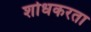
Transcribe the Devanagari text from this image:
शोधकरता